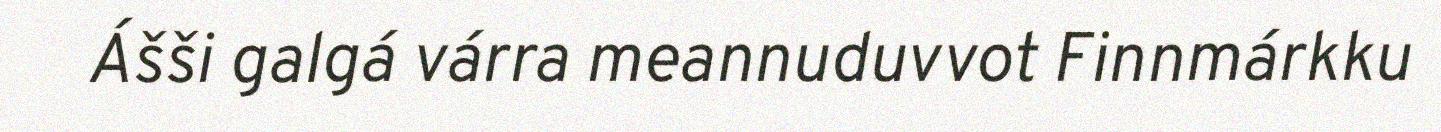
Ášši galgá várra meannuduvvot Finnmárkku